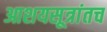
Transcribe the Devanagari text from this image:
आशयसूत्रांतच